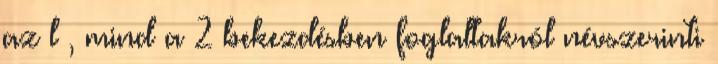
az l , mind a 2 bekezdésben foglaltakról névszerinti